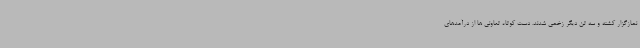
نمازگزار کشته و سه تن دیگر زخمی شدند. دست کوتاه تعاونی ها از درآمدهای